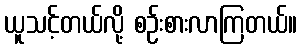
ယူသင့်တယ်လို့ စဉ်းစားလာကြတယ်။